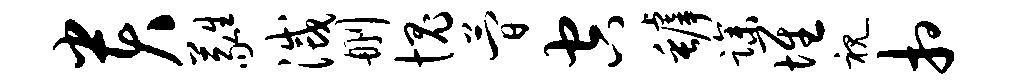
贵蕤灭删愧简空罅躁堆视相